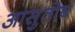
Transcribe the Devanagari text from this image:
आसुतोष